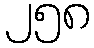
၂၅၈